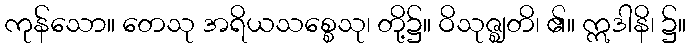
ကုန်သော။ တေသု အရိယသစ္စေသု၊ တို့၌။ ဝိသုဇ္ဈတိ၊ ၏။ ဣဒါနိ၊ ၌။